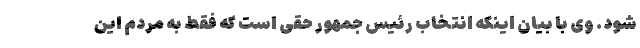
شود. وی با بیان اینکه انتخاب رئیس جمهور حقی است که فقط به مردم این